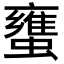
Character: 䗸